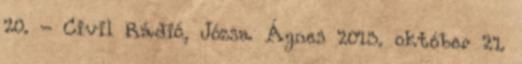
20. - Civil Rádió, Józsa Ágnes 2013. október 21.